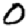
Digit: 0